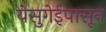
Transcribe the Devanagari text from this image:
येसुगेईपासून